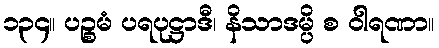
၁၃၄။ ပဉ္စမံ ပရပုဋ္ဌာဒီ၊ နိသာဒမ္ပိ စ ဝါရဏာ။